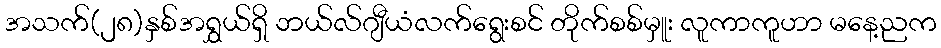
အသက်(၂၈)နှစ်အရွှယ်ရှိ ဘယ်လ်ဂျီယံလက်ရွေးစင် တိုက်စစ်မှူး လူကာကူဟာ မနေ့ညက